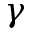
\gamma